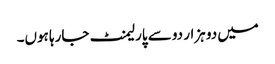
میں دو ہزار دو سے پارلیمنٹ جارہا ہوں۔